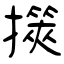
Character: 擌